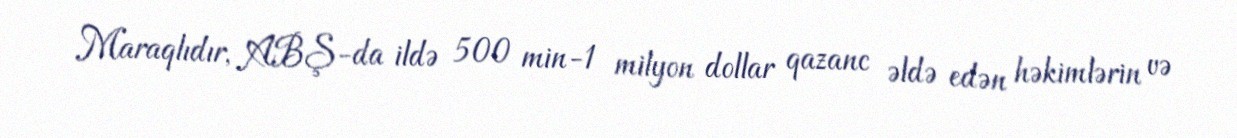
Maraqlıdır, ABŞ-da ildə 500 min-1 milyon dollar qazanc əldə edən həkimlərin və